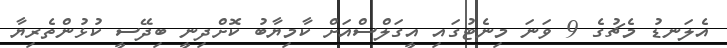
އެލަނޑު މެޗުގެ 9 ވަނަ މިނެޓުގައި އީގަލްސްއަށް ކާމިޔާބު ކޮށްދިނީ ބިދޭސީ ކުޅުންތެރިޔާ